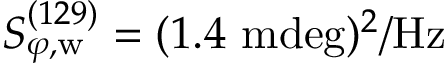
S _ { \varphi , \mathrm { w } } ^ { ( 1 2 9 ) } = ( 1 . 4 ~ \mathrm { m d e g } ) ^ { 2 } / \mathrm { H z }